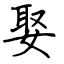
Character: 娶